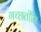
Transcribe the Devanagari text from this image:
गच्छतीति